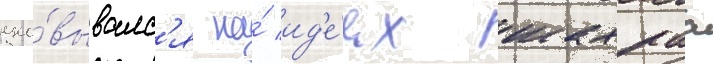
осно́вывалс'я на́ ид'е́ях шахраа